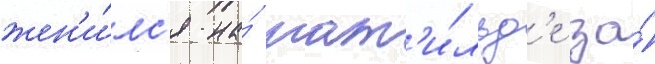
жен'и́лс'я на́ мат'и́льд'е за́